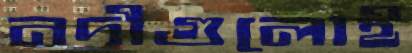
নদীগুলোই